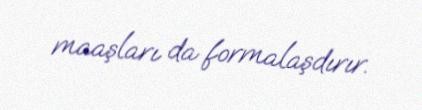
maaşları da formalaşdırır.